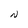
Character: N